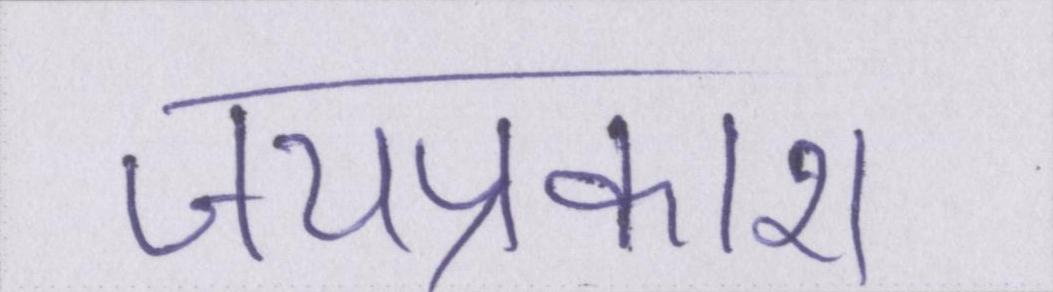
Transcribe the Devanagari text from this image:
जयप्रकाश